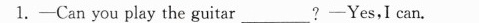
1.——Can you play the guitar ___ ?——Yes,I can.